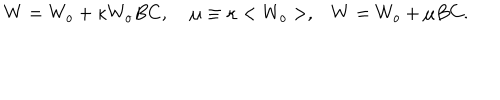
LaTeX: W = W _ { o } + \kappa W _ { o } B C , \; \mu \equiv \kappa < W _ { o } > , W = W _ { o } + \mu B C .